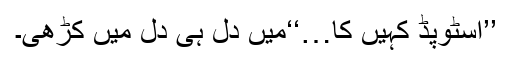
’’اسٹوپڈ کہیں کا…‘‘میں دل ہی دل میں کڑھی۔